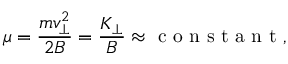
\mu = \frac { m v _ { \perp } ^ { 2 } } { 2 B } = \frac { K _ { \perp } } { B } \approx \textrm { c o n s t a n t } ,